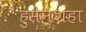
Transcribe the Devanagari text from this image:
हुसेनशहा